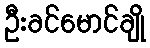
ဦးခင်မောင်ချို